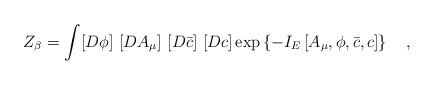
\begin{align*}Z_{\beta}=\int [D\phi]~ [DA_{\mu}]~[D\bar{c}]~[D c]\exp\left\{-I_E\left[A_{\mu},\phi,\bar{c},c\right] \right\}~~~,\end{align*}